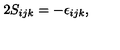
2 S _ { i j k } = - \epsilon _ { i j k } ,